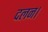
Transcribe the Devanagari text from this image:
दलन।